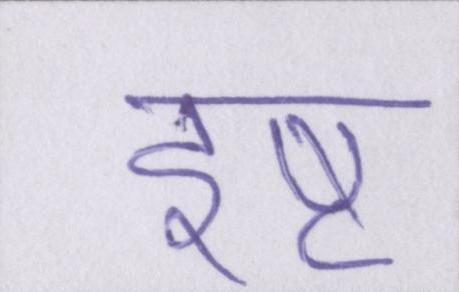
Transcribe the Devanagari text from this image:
इष्ट